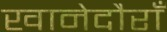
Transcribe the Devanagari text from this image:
खानेदौराँ